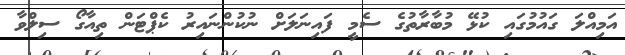
އަމިއްލަ ގައުމުގައި ކުޅޭ މުބާރާތުގެ ސެމީ ފައިނަލަށް ނުކުންނައިރު ކެޕްޓަން ތިއާގޯ ސިލްވާ